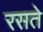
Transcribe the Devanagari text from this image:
रसते